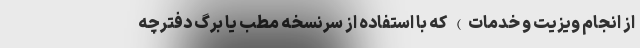
از انجام ویزیت و خدمات) که با استفاده از سرنسخه مطب یا برگ دفترچه